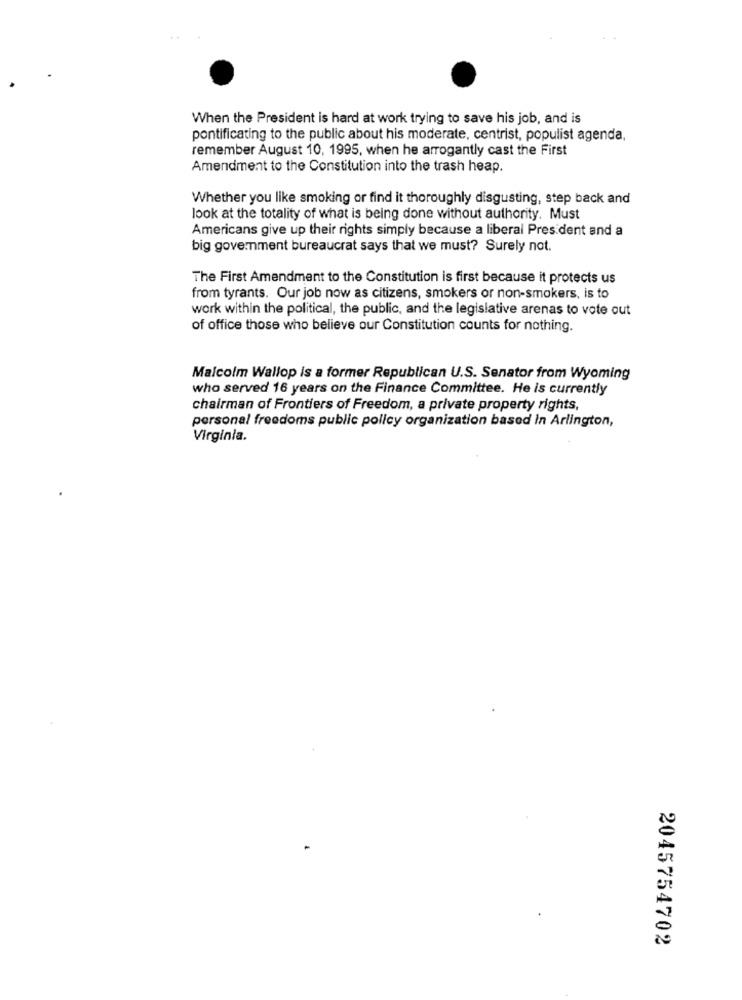
When the President is hard at work trying to save his job, and is
pontificating to the public about his moderate, centrist, populist agenda,
remember August 10, 1995, when he arrogantly cast the First
Amendment to the Constitution into the trash heap.
Whether you like smoking or find it thoroughly disgusting, step back and
look at the totality of what is being done without authority. Must
Americans give up their rights simply because a liberal President and a
big government bureaucrat says that we must? Surely not.
The First Amendment to the Constitution is first because it protects us
from tyrants. Our job now as citizens, smokers or non-smokers, is to
work within the political, the public, and the legislative arenas to vote out
of office those who believe our Constitution counts for nothing.
Malcolm Wallop is a former Republican U.S. Senator from Wyoming
who served 16 years on the Finance Committee. He is currently
chairman of Frontiers of Freedom, a private property rights,
personal freedoms public policy organization based In Arlington,
Virginia.
2045754702